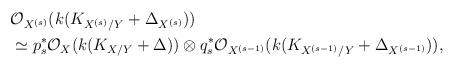
LaTeX: \begin{align*}&\mathcal O_{X^{(s)}}(k(K_{X^{(s)}/Y}+\Delta_{X^{(s)}}))\\ &\simeq p_s^*\mathcal O_X(k(K_{X/Y}+\Delta))\otimes q_s^*\mathcal O_{X^{(s-1)}}(k(K_{X^{(s-1)}/Y}+\Delta_{X^{(s-1)}})), \end{align*}